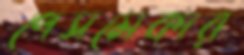
পেসমেকার